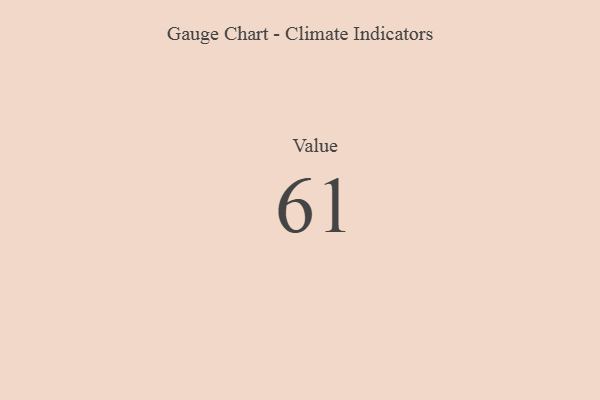
{"axis": {"x": "Metric", "y": "Value"}, "legend": [""], "data": [{"x": "Value", "y": 61, "type": ""}]}